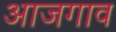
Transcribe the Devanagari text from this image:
आजगाव